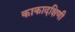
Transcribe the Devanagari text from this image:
काकादक्षिणी